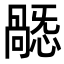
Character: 𢢸